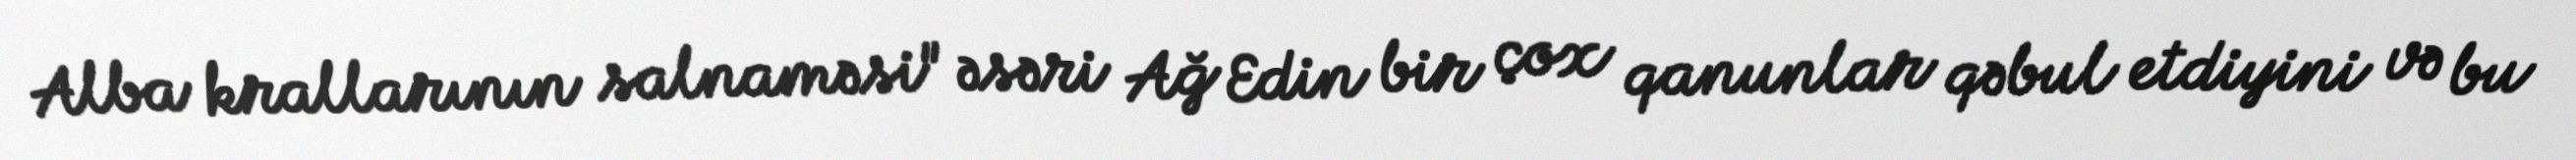
Alba krallarının salnaməsi" əsəri Ağ Edin bir çox qanunlar qəbul etdiyini və bu